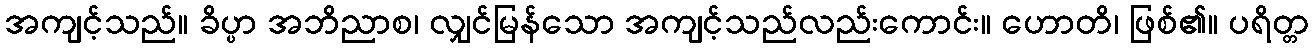
အကျင့်သည်။ ခိပ္ပာ အဘိညာစ၊ လျှင်မြန်သော အကျင့်သည်လည်းကောင်း။ ဟောတိ၊ ဖြစ်၏။ ပရိတ္တ